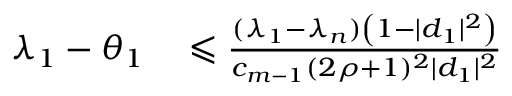
\begin{array} { r l } { \lambda _ { 1 } - \theta _ { 1 } } & { { } \leqslant { \frac { ( \lambda _ { 1 } - \lambda _ { n } ) \left( 1 - | d _ { 1 } | ^ { 2 } \right) } { c _ { m - 1 } ( 2 \rho + 1 ) ^ { 2 } | d _ { 1 } | ^ { 2 } } } } \end{array}